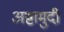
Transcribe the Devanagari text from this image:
अष्टामुदी